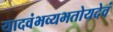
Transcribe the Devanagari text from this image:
यादवंभव्यभतोयदेवं